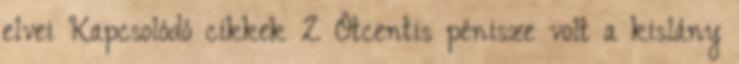
elvei Kapcsolódó cikkek 2 Ötcentis pénisze volt a kislány